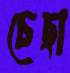
চেছা